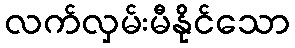
လက်လှမ်းမီနိုင်သော